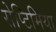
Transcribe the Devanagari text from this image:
सेप्टिमिया